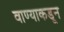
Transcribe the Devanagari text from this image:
वाण्याकडून